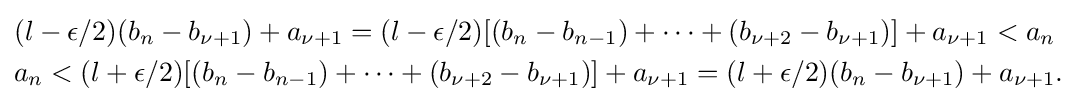
{\begin{aligned}&(l-\epsilon /2)(b_{n}-b_{\nu +1})+a_{\nu +1}=(l-\epsilon /2)[(b_{n}-b_{n-1})+\dots +(b_{\nu +2}-b_{\nu +1})]+a_{\nu +1}<a_{n}\\&a_{n}<(l+\epsilon /2)[(b_{n}-b_{n-1})+\dots +(b_{\nu +2}-b_{\nu +1})]+a_{\nu +1}=(l+\epsilon /2)(b_{n}-b_{\nu +1})+a_{\nu +1}.\end{aligned}}